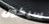
سيكون